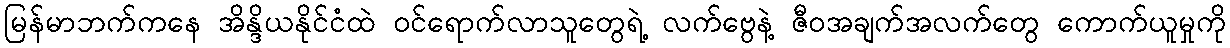
မြန်မာဘက်ကနေ အိန္ဒိယနိုင်ငံထဲ ဝင်ရောက်လာသူတွေရဲ့ လက်ဗွေနဲ့ ဇီဝအချက်အလက်တွေ ကောက်ယူမှုကို